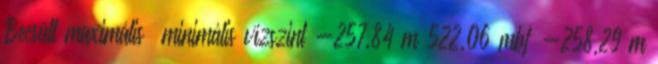
Becsült maximális minimális vízszint -257,84 m 522,06 mbf -258,29 m